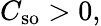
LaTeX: C_{\mathrm{so}}>0,